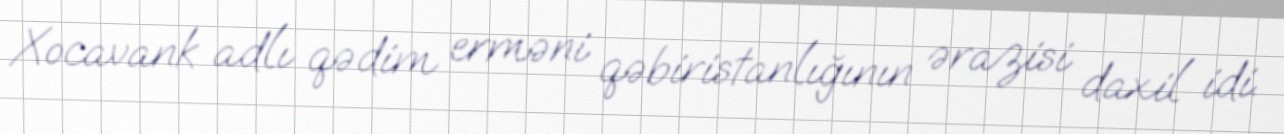
Xocavank adlı qədim erməni qəbiristanlığının ərazisi daxil idi.